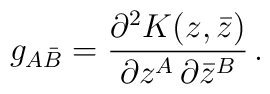
g_{A\bar B} = \frac{\partial^2 K(z,\bar z)}{\partial z^A\,\partial\bar z^B} \,.